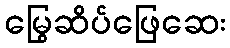
မြွေဆိပ်ဖြေဆေး